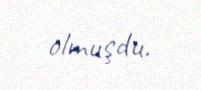
olmuşdu.